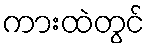
ကားထဲတွင်